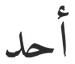
أحد